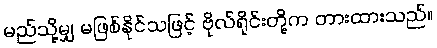
မည်သို့မျှ မဖြစ်နိုင်သဖြင့် ဗိုလ်ရိုင်းတို့က တားထားသည်။